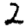
Digit: 2